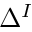
\Delta ^ { I }